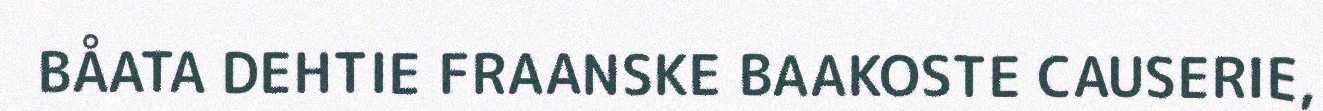
BÅATA DEHTIE FRAANSKE BAAKOSTE CAUSERIE,